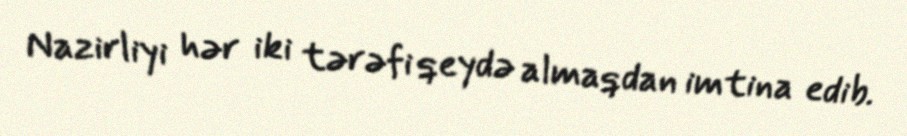
Nazirliyi hər iki tərəfi qeydə almaqdan imtina edib.